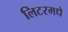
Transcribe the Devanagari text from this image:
लिटरमधे